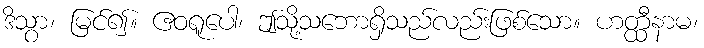
ဒိသွာ၊ မြင်၍။ ဧဝရူပေါ၊ ဤသို့သဘောရှိသည်လည်းဖြစ်သော။ ဟတ္ထီနာမ၊